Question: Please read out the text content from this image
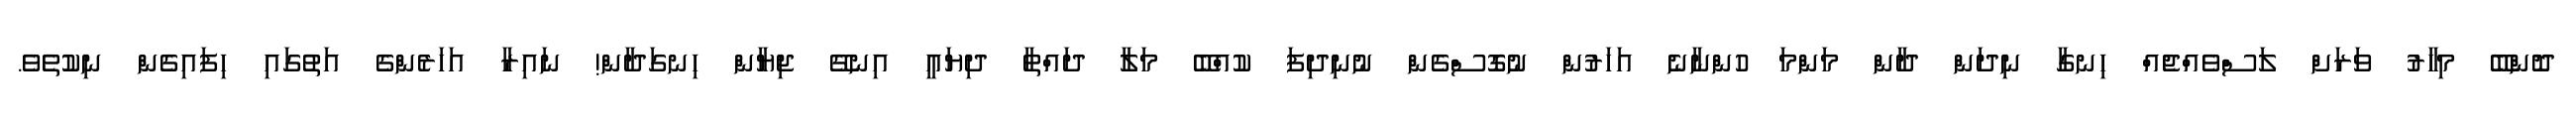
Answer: ދޮންބޭ މިހާރު ވަރަށް ލަސްވެއްޖެއް ހިނގާ ނިދަން ދާން މަންމަ ހުންނާނެ އަހަރުން ނުގޮސްގެން ނުނިދިފަ ކުއްބޭ މަލާ ދައްތާ ދިޔައީ އިނގޭ ޖިޔާން ހިނގަދާން! ނައިރާ އަހަރެންގެ އަތުގައި ހިފައިގެން ނިކުތެވެ.